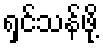
ရှင်သန်ဖို့